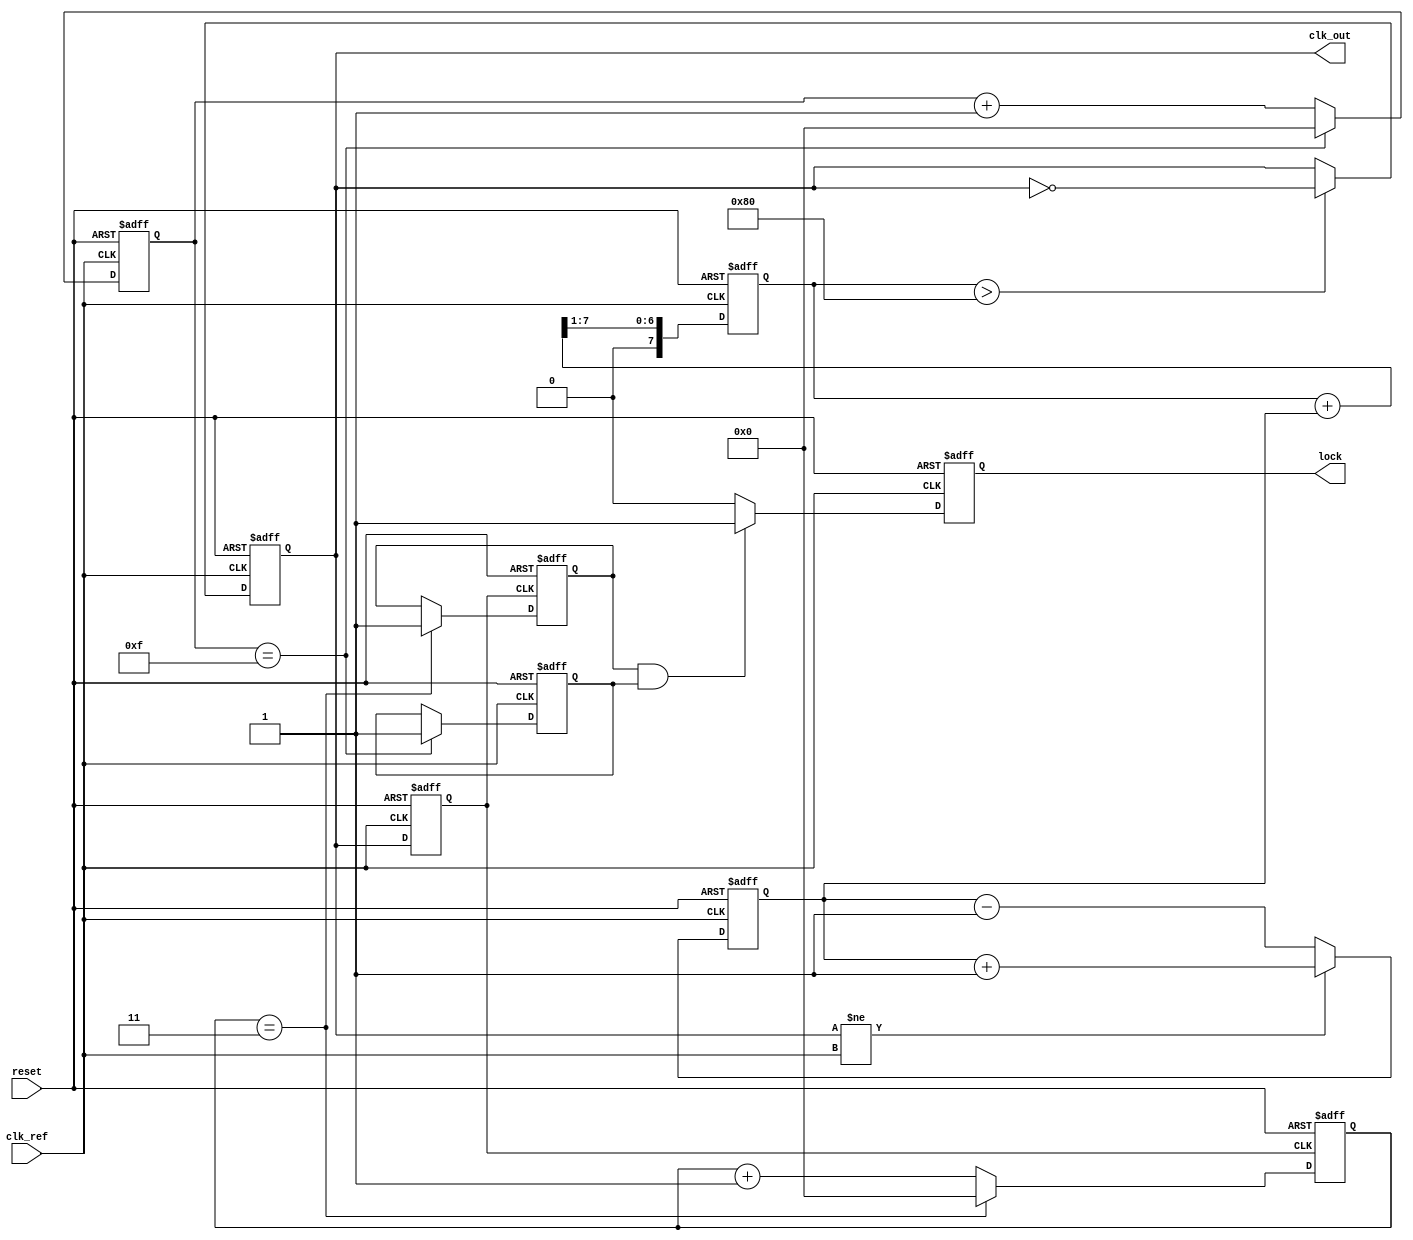
module dual_loop_pll (
    input wire clk_ref,           // Reference clock input
    input wire reset,             // Reset signal
    output reg clk_out,           // Output clock
    output reg lock               // Lock indicator
);

    // Parameters
    parameter N_DIV_INNER = 4;   // Inner loop frequency division factor
    parameter N_DIV_OUTER = 16;   // Outer loop frequency division factor
    parameter PHASE_MARGIN = 10;   // Phase margin for stability

    // Internal signals
    reg [N_DIV_OUTER-1:0] inner_cnt; // Counter for inner division
    reg [N_DIV_OUTER-1:0] outer_cnt; // Counter for outer division
    reg [7:0] vco_ctrl;             // Control voltage for VCO
    reg [7:0] phase_error;          // Phase error signal
    reg vco_out;                    // VCO output
    reg lock_inner, lock_outer;     // Locks for inner and outer loops

    // Phase Detector (PD)
    always @(posedge clk_ref or posedge reset) begin
        if (reset) begin
            phase_error <= 0;
        end else begin
            // Simple phase error calculation (to be refined)
            if (clk_out != clk_ref) begin
                phase_error <= phase_error + 1; // Increment error
            end else begin
                phase_error <= phase_error - 1; // Decrement error
            end
        end
    end

    // Loop Filter (LF)
    always @(posedge clk_ref or posedge reset) begin
        if (reset) begin
            vco_ctrl <= 8'h00; // Reset control voltage
        end else begin
            // Simple low-pass filter (to be refined)
            vco_ctrl <= (vco_ctrl + phase_error) >> 1; // Smooth the error
        end
    end

    // Voltage-Controlled Oscillator (VCO)
    always @(posedge clk_ref or posedge reset) begin
        if (reset) begin
            clk_out <= 0;
            vco_out <= 0;
        end else begin
            // Adjust output clock based on control voltage
            if (vco_ctrl > 8'h80) begin
                clk_out <= ~clk_out; // Change frequency based on control voltage
            end
            vco_out <= clk_out; // VCO output
        end
    end

    // Frequency Divider for Inner Loop
    always @(posedge vco_out or posedge reset) begin
        if (reset) begin
            inner_cnt <= 0;
            lock_inner <= 0;
        end else if (inner_cnt == N_DIV_INNER - 1) begin
            inner_cnt <= 0;
            lock_inner <= 1; // Inner loop lock
        end else begin
            inner_cnt <= inner_cnt + 1;
        end
    end

    // Frequency Divider for Outer Loop
    always @(posedge clk_ref or posedge reset) begin
        if (reset) begin
            outer_cnt <= 0;
            lock_outer <= 0;
        end else if (outer_cnt == N_DIV_OUTER - 1) begin
            outer_cnt <= 0;
            lock_outer <= 1; // Outer loop lock
        end else begin
            outer_cnt <= outer_cnt + 1;
        end
    end

    // Lock Indicator
    always @(posedge clk_ref or posedge reset) begin
        if (reset) begin
            lock <= 0;
        end else if (lock_inner && lock_outer) begin
            lock <= 1; // PLL is locked when both loops are locked
        end else begin
            lock <= 0;
        end
    end

endmodule